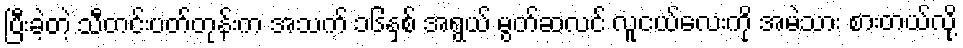
ပြီးခဲ့တဲ့ သီတင်းပတ်တုန်းက အသက် ၁၆နှစ် အရွယ် မွတ်ဆလင် လူငယ်လေးကို အမဲသား စားတယ်လို့